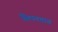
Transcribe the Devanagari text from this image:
सिमनगाव